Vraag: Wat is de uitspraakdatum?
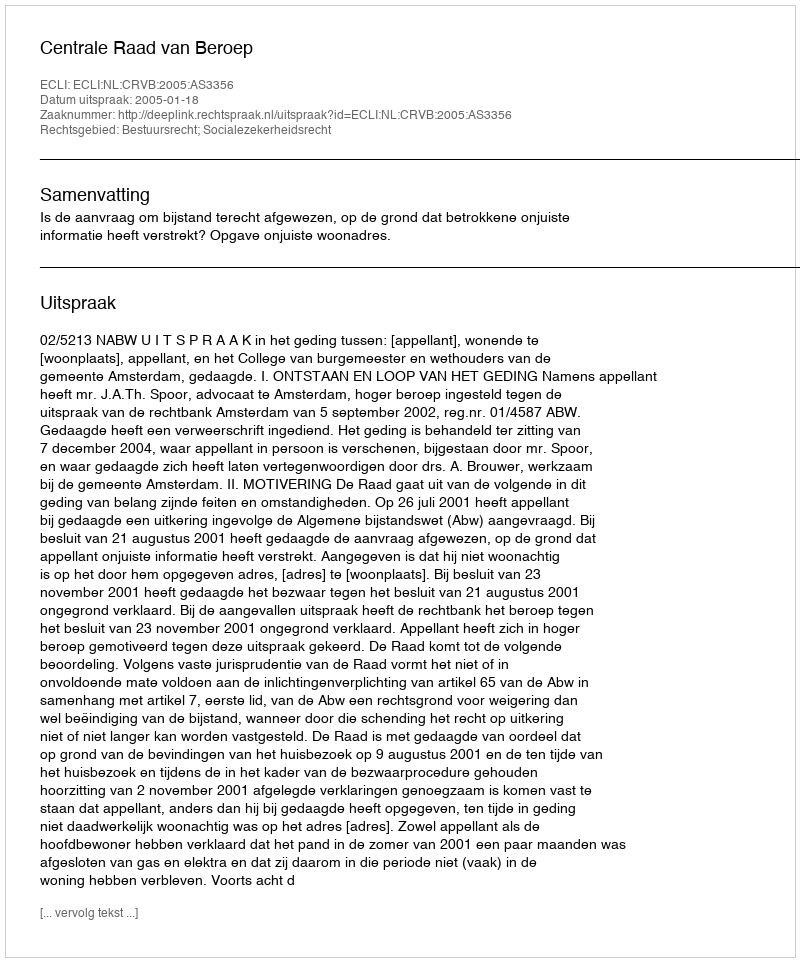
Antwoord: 2005-01-18